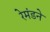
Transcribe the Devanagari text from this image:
रेमंडने